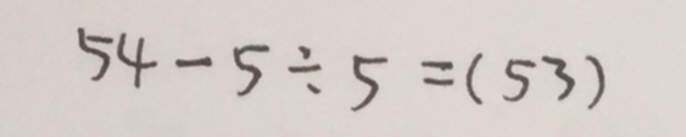
5 4 - 5 \div 5 = ( 5 3 )